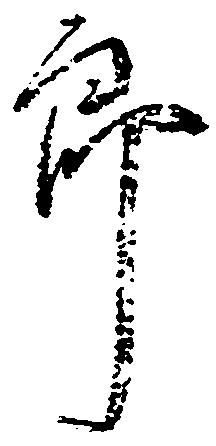
郎